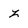
Character: z